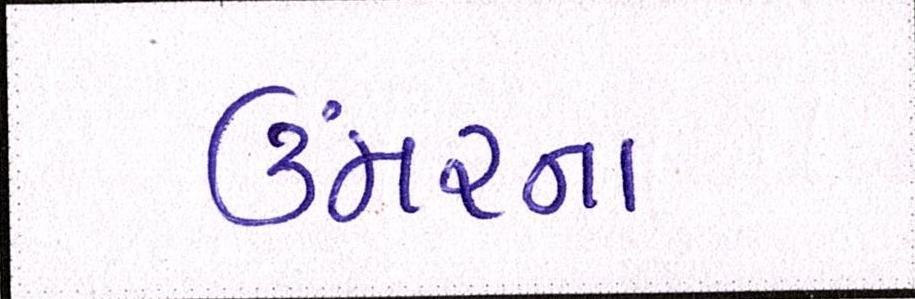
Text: ઉંમરના